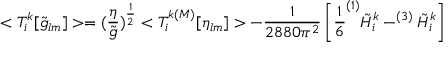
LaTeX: < T _ { i } ^ { k } [ \tilde { g } _ { l m } ] > = ( \frac { \eta } { \tilde { g } } ) ^ { \frac { 1 } { 2 } } < T _ { i } ^ { k ( M ) } [ \eta _ { l m } ] > - { \frac { 1 } { 2 8 8 0 \pi ^ { 2 } } } \left[ { \frac { 1 } { 6 } } ^ { ( 1 ) } \tilde { H } _ { i } ^ { k } - ^ { ( 3 ) } \tilde { H } _ { i } ^ { k } \right]